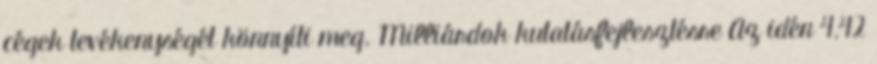
cégek tevékenységét könnyíti meg. Milliárdok kutatásfejlesztésre Az idén 4,42